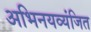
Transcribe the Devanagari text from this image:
अभिनयव्यंजित